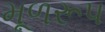
મૂળરૂપ